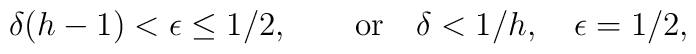
\delta(h-1)<\epsilon\leq1/2,\qquad \mbox{or}\quad \delta<1/h,   \quad \epsilon=1/2,